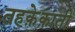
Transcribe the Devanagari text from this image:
तहक़ेक़ाती